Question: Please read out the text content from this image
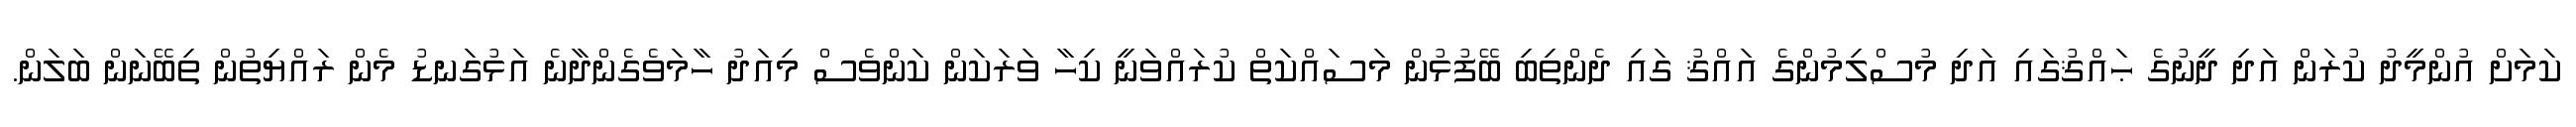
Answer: ކަމަށް އުންމީދު ކުރަން އަދި ދީނުގެ ޙައްޤުގައި އަދި މުސްލިމުންގެ އައްޤު ގައި ދެންތިބި ބޭފުޅުން މަސައްކަތް ކުރައްވަނީ ކިހާ ވަރަކަން ކަންވެސް މިއަދު ހާމަވެގެންދާނެ އަޅުގަނޑު މެން ރައްޔިތުން ތިބޭނަން ބަލަން.